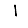
Digit: 1